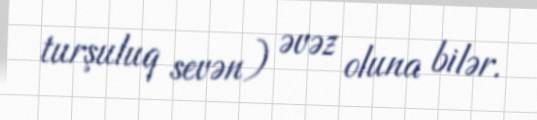
turşuluq sevən) əvəz oluna bilər.